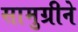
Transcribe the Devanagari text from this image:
सामुग्रीने